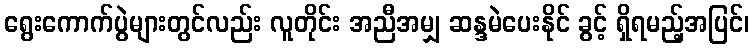
ရွေးကောက်ပွဲများတွင်လည်း လူတိုင်း အညီအမျှ ဆန္ဒမဲပေးနိုင် ခွင့် ရှိရမည့်အပြင်၊